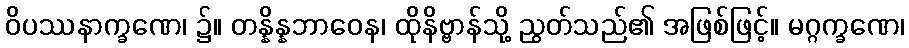
ဝိပဿနာက္ခဏေ၊ ၌။ တန္နိန္နဘာဝေန၊ ထိုနိဗ္ဗာန်သို့ ညွတ်သည်၏ အဖြစ်ဖြင့်။ မဂ္ဂက္ခဏေ၊